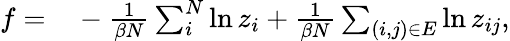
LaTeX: \begin{array}{rl}{f=}&{{}-\frac{1}{\beta N}\sum_{i}^{N}\ln z_{i}+\frac{1}{\beta N}\sum_{(i,j)\in E}\ln z_{ij},}\end{array}